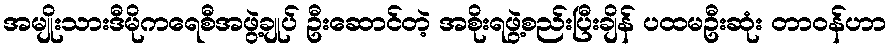
အမျိုးသားဒီမိုကရေစီအဖွဲ့ချုပ် ဦးဆောင်တဲ့ အစိုးရဖွဲ့စည်းပြီးချိန် ပထမဦးဆုံး တာဝန်ဟာ